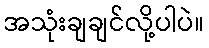
အသုံးချချင်လို့ပါပဲ။